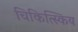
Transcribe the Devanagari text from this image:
चिकित्स्किय